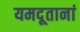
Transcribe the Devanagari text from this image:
यमदूतानां